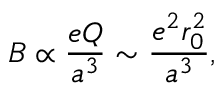
B \propto \frac { e Q } { a ^ { 3 } } \sim \frac { e ^ { 2 } r _ { 0 } ^ { 2 } } { a ^ { 3 } } ,